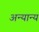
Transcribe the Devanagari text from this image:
अन्‍यान्‍य